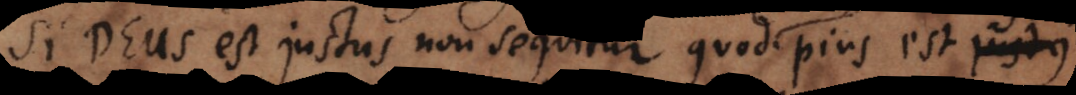
s est justus non sequitur quod pius est feli